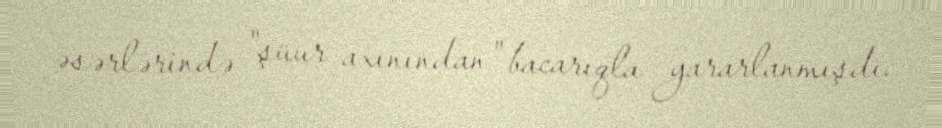
əsərlərində "şüur axınından" bacarıqla yararlanmışdı.